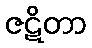
ဇဋိတာ